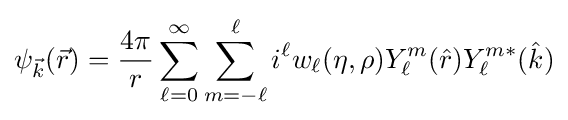
\psi _{\vec {k}}({\vec {r}})={\frac {4\pi }{r}}\sum _{\ell =0}^{\infty }\sum _{m=-\ell }^{\ell }i^{\ell }w_{\ell }(\eta ,\rho )Y_{\ell }^{m}({\hat {r}})Y_{\ell }^{m\ast }({\hat {k}})